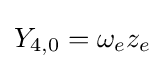
Y_{4,0}=\omega _{e}z_{e}